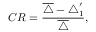
C R = \frac { \overline { { \triangle } } - \triangle _ { 1 } ^ { \prime } } { \overline { { \triangle } } } ,